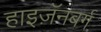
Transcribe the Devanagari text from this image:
हाइज़ॅनबर्ग